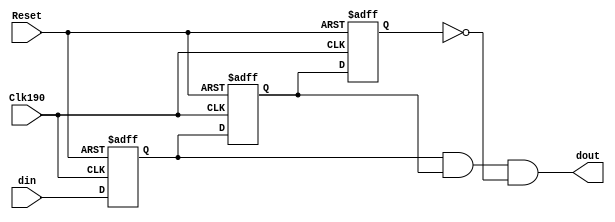
`timescale 1ns / 1ps
//////////////////////////////////////////////////////////////////////////////////
// Company: 
// Engineer: 
// 
// Design Name: 
// Module Name: Debounce
// Project Name: 
// Target Devices: 
// Tool Versions: 
// Description: 
// 
// Dependencies: 
// 
// Revision:
// Revision 0.01 - File Created
// Additional Comments:
// 
//////////////////////////////////////////////////////////////////////////////////


module Debounce(input Clk190,
                   input din,
                   input Reset,
                   output dout
    );
    
    reg A, B, C;
    
    always @ (posedge Clk190, posedge Reset)
    begin
    if(Reset == 1)
    begin
    A<=0;
    B<=0;
    C<=0;
    end
    
    else
    begin
    A<=din;
    B<=A;
    C<=B;
    end
    end
    
    assign dout = A & B & ~C;
    
endmodule